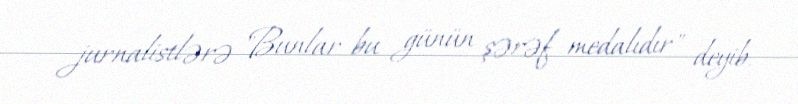
jurnalistlərə "Bunlar bu günün şərəf medalıdır" deyib.